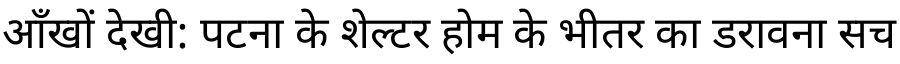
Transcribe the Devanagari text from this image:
आँखों देखी: पटना के शेल्टर होम के भीतर का डरावना सच